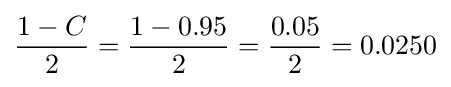
{\frac {1-C}{2}}={\frac {1-0.95}{2}}={\frac {0.05}{2}}=0.0250